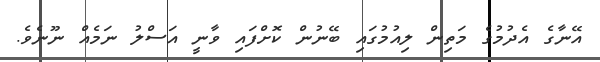
އޭނާގެ އެދުމުގެ މަތިން ލިއުމުގައި ބޭނުން ކޮށްފައި ވާނީ އަސްލު ނަމެއް ނޫނެވެ.